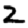
Digit: 2